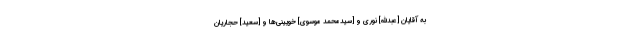
به آقایان [عبدالله] نورى و [سیدمحمد موسوی] خویینى‌ها و [سعید] حجاریان